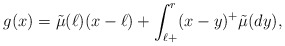
\begin{align*}g(x)= \tilde{\mu}({\ell}) (x-\ell) + \int_{\ell+}^r (x-y)^+ \tilde{\mu}(dy),\end{align*}